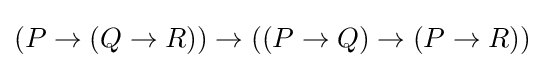
(P\to (Q\to R))\to ((P\to Q)\to (P\to R))